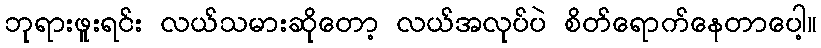
ဘုရားဖူးရင်း လယ်သမားဆိုတော့ လယ်အလုပ်ပဲ စိတ်ရောက်နေတာပေါ့။